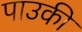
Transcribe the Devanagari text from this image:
पाउकी